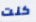
كنت